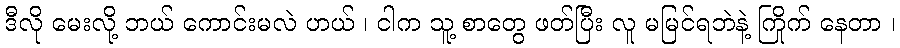
ဒီလို မေးလို့ ဘယ် ကောင်းမလဲ ဟယ် ၊ ငါက သူ့ စာတွေ ဖတ်ပြီး လူ မမြင်ရဘဲနဲ့ ကြိုက် နေတာ ၊